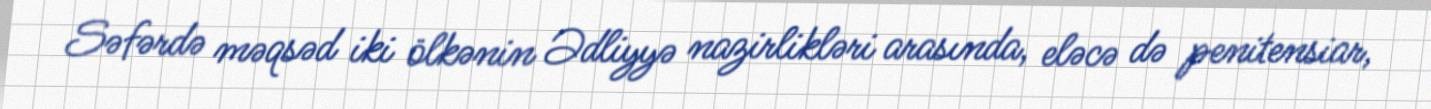
Səfərdə məqsəd iki ölkənin Ədliyyə nazirlikləri arasında, eləcə də penitensiar,